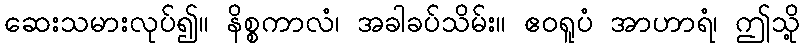
ဆေးသမားလုပ်၍။ နိစ္စကာလံ၊ အခါခပ်သိမ်း။ ဧဝရူပံ အာဟာရံ၊ ဤသို့